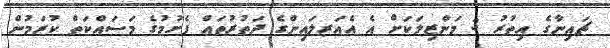
ޗައިނާގެ އިތުރު 3 މަންޒިލަކަށް އެ އެއަރލައިންގެ ދަތުރުތައް ފެށުމުގެ މަސައްކަތް ކުރަމުން